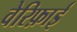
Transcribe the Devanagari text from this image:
वेरिफ़ाई